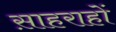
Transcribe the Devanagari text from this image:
स़ाहराहों